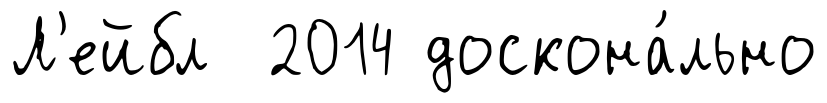
Л'ейбл 2014 доскона́льно